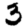
Digit: 3